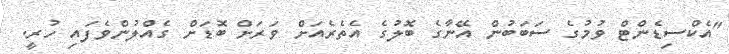
"އެކްސިޑެންޓް ވުމުގެ ސަބަބުން އޭނާގެ ބޮލުގެ އެތެރެއަށް ވަރަށް ބޮޑަށް ގެއްލުންވެފައި ހުރީ.